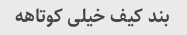
بند کیف خیلی کوتاهه